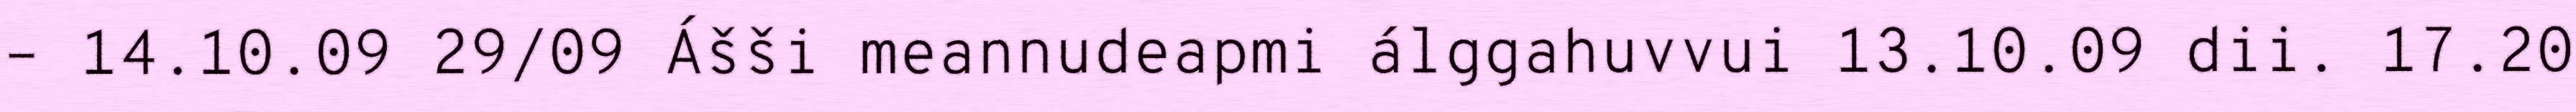
– 14.10.09 29/09 Ášši meannudeapmi álggahuvvui 13.10.09 dii. 17.20